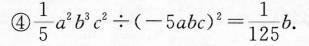
④ $$\frac { 1 } { 5 } a ^ { 2 } b ^ { 3 } c ^ { 2 } \div ( - 5 a b c ) ^ { 2 } = \frac { 1 } { 1 2 5 } b .$$